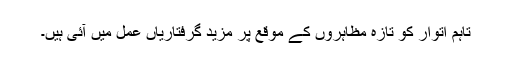
تاہم اتوار کو تازہ مظاہروں کے موقع پر مزید گرفتاریاں عمل میں آئی ہیں۔